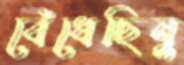
বেঁধেছিনু